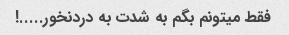
فقط میتونم بگم به شدت به دردنخور.....!